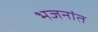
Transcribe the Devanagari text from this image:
भजनांत